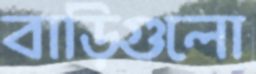
বাড়িগুলো